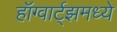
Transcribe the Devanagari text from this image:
हॉग्वार्ट्झमध्ये